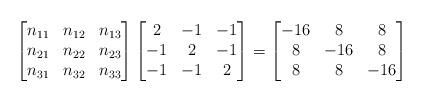
LaTeX: \begin{align*}\begin{bmatrix}n_{11} & n_{12} & n_{13} \\n_{21} &n_{22} &n_{23}\\n_{31} & n_{32} & n_{33} \end{bmatrix}\begin{bmatrix}2&-1&-1\\-1&2&-1\\-1&-1&2\end{bmatrix} &= \begin{bmatrix}-16&8&8\\8&-16&8\\8&8&-16\end{bmatrix} \end{align*}